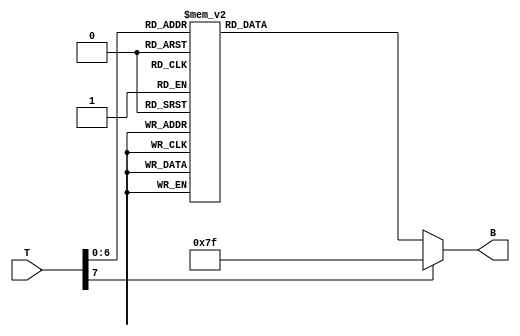
module thermal_encoder (
    input [7:0] T,       // 8-bit temperature input (0C to 100C)
    output reg [6:0] B   // 7-bit encoded output (0 to 127)
);

// Combinational logic for encoding temperature ranges
always @(*) begin
    case (T)
        8'd0  : B = 7'b0000000; // 0C to 10C
        8'd1  : B = 7'b0000000; 
        8'd2  : B = 7'b0000000; 
        8'd3  : B = 7'b0000000; 
        8'd4  : B = 7'b0000000; 
        8'd5  : B = 7'b0000000; 
        8'd6  : B = 7'b0000000; 
        8'd7  : B = 7'b0000000; 
        8'd8  : B = 7'b0000000; 
        8'd9  : B = 7'b0000000; 
        8'd10 : B = 7'b0000000; // 0C to 10C
        8'd11 : B = 7'b0000001; // 11C to 20C
        8'd12 : B = 7'b0000001; 
        8'd13 : B = 7'b0000001; 
        8'd14 : B = 7'b0000001; 
        8'd15 : B = 7'b0000001; 
        8'd16 : B = 7'b0000001; 
        8'd17 : B = 7'b0000001; 
        8'd18 : B = 7'b0000001; 
        8'd19 : B = 7'b0000001; 
        8'd20 : B = 7'b0000001; // 11C to 20C
        8'd21 : B = 7'b0000010; // 21C to 30C
        8'd22 : B = 7'b0000010; 
        8'd23 : B = 7'b0000010; 
        8'd24 : B = 7'b0000010; 
        8'd25 : B = 7'b0000010; 
        8'd26 : B = 7'b0000010; 
        8'd27 : B = 7'b0000010; 
        8'd28 : B = 7'b0000010; 
        8'd29 : B = 7'b0000010; 
        8'd30 : B = 7'b0000010; // 21C to 30C
        // Continue for other ranges...
        8'd31 : B = 7'b0000011; // 31C to 40C
        8'd32 : B = 7'b0000011; 
        8'd33 : B = 7'b0000011; 
        8'd34 : B = 7'b0000011; 
        8'd35 : B = 7'b0000011; 
        8'd36 : B = 7'b0000011; 
        8'd37 : B = 7'b0000011; 
        8'd38 : B = 7'b0000011; 
        8'd39 : B = 7'b0000011; 
        8'd40 : B = 7'b0000011; // 31C to 40C
        // Continue for other ranges...
        8'd91 : B = 7'b0001100; // 91C to 100C
        8'd92 : B = 7'b0001100; 
        8'd93 : B = 7'b0001100; 
        8'd94 : B = 7'b0001100; 
        8'd95 : B = 7'b0001100; 
        8'd96 : B = 7'b0001100; 
        8'd97 : B = 7'b0001100; 
        8'd98 : B = 7'b0001100; 
        8'd99 : B = 7'b0001100; 
        8'd100: B = 7'b0001100; // 91C to 100C
        default: B = 7'b1111111; // Default case (error code)
    endcase
end

endmodule